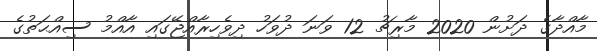
މާއްދާގެ ދަށުން 2020 މާރިޗު 12 ވަނަ ދުވަހު ދިވެހިރާއްޖޭގައި އާއްމު ސިއްޙަތުގެ